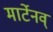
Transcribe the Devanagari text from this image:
मार्टेनव्